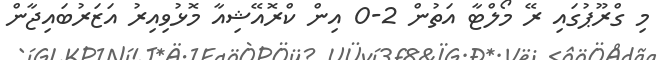
މި ގްރޫޕުގައި ރޭ މޯލްޓާ އަތުން 2-0 އިން ކްރޮއޭޝިއާ މޮޅުވިއިރު އަޒަރުބައިޖާން